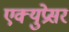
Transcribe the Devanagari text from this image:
एक्युप्रेसर